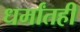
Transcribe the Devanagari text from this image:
धर्मांतही